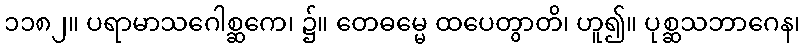
၁၁၈၂။ ပရာမာသဂေါစ္ဆကေ၊ ၌။ တေဓမ္မေ ထပေတွာတိ၊ ဟူ၍။ ပုစ္ဆသဘာဂေန၊